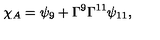
{ \chi _ { A } = \psi _ { 9 } + \Gamma ^ { 9 } \Gamma ^ { 1 1 } \psi _ { 1 1 } , }